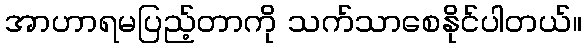
အာဟာရမပြည့်တာကို သက်သာစေနိုင်ပါတယ်။